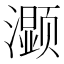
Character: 𰝤